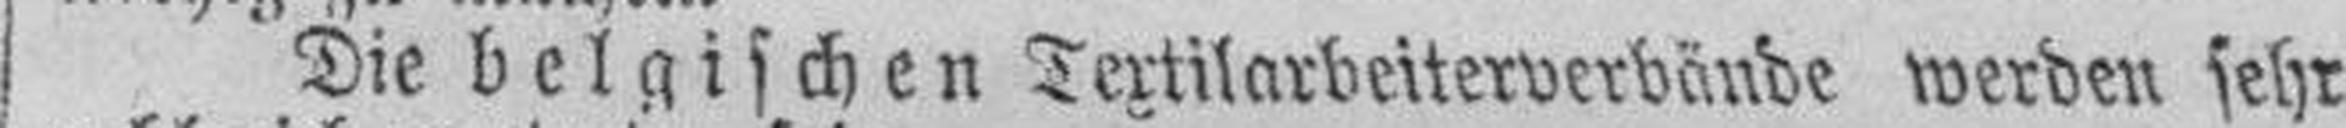
Die belgischen Textilarbeiterverbände werden sehr